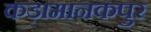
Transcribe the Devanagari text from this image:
कड़ामानकपुर